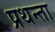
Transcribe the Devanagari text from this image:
प्रथन्ता